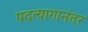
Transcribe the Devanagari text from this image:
पदत्यागानंतर